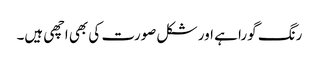
رنگ گورا ہے اور شکل صورت کی بھی اچھی ہیں۔